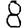
Digit: 8